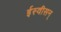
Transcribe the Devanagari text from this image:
ईस्वीसन्